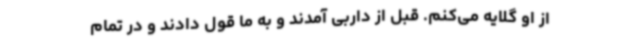
از او گلایه می‌کنم. قبل از داربی آمدند و به ما قول دادند و در تمام